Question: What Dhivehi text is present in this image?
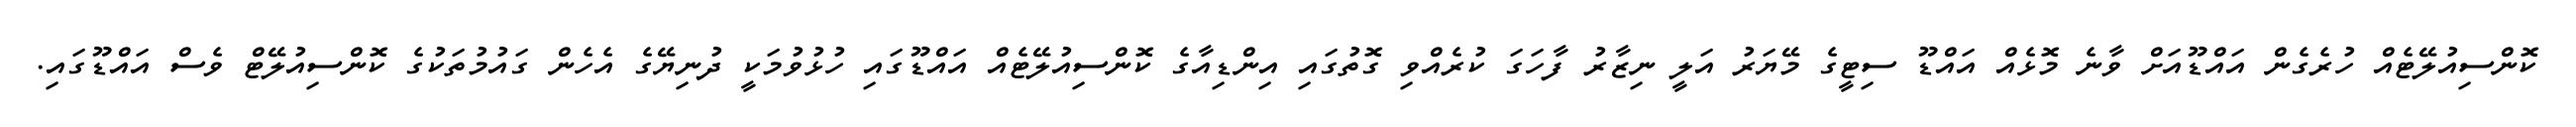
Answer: ކޮންސިއުލޭޓެއް ހުރެގެން އައްޑޫއަށް ވާނެ މޮޅެއް އައްޑޫ ސިޓީގެ މޭޔަރު އަލީ ނިޒާރު ފާހަގަ ކުރެއްވި ގޮތުގައި އިންޑިއާގެ ކޮންސިއުލޭޓެއް އައްޑޫގައި ހުޅުވުމަކީ ދުނިޔޭގެ އެހެން ގައުމުތަކުގެ ކޮންސިއުލޭޓް ވެސް އައްޑޫގައި.